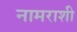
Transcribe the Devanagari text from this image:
नामराशी